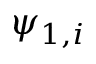
\psi _ { 1 , i }